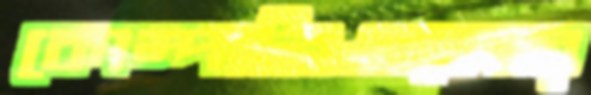
কোম্পানিগুলোর